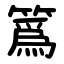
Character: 䈧